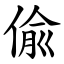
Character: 偸